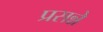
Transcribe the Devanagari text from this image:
प्रसन्ने